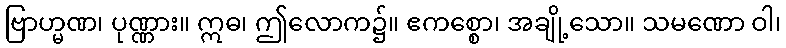
ဗြာဟ္မဏ၊ ပုဏ္ဏား။ ဣဓ၊ ဤလောက၌။ ဧကစ္စော၊ အချို့သော။ သမဏော ဝါ၊